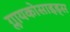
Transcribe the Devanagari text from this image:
ग्लायकोसाइड्‌स